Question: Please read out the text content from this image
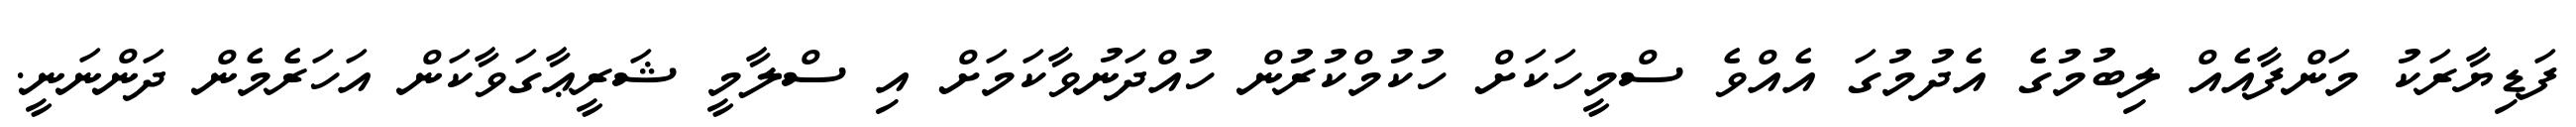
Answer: ފަޑިޔާރަކު މަންފާއެއް ލިބުމުގެ އެދުމުގަ އެއްވެ ސްމީހަކަށް ހުކުމްކުރުން ހުއްދަނުވާކަމަށް އި ސްލާމީ ޝަރީޢާގަވާކަން އަހަރެމެން ދަންނަނީ.